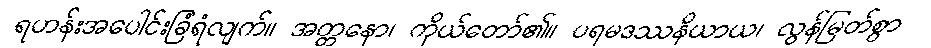
ရဟန်းအပေါင်းခြံရံလျက်။ အတ္တနော၊ ကိုယ်တော်၏။ ပရမဒဿနိယာယ၊ လွန်မြတ်စွာ